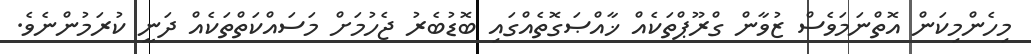
މިހެންމިކަން އޮތްނަމަވެސް ޒުވާން ގްރޫޕްތަކެއް ޚާއްޞަގޮތެއްގައި ބޮޑުބެރު ޖެހުމަށް މަސައްކަތްތަކެއް ދަނީ ކުރަމުންނެވެ.